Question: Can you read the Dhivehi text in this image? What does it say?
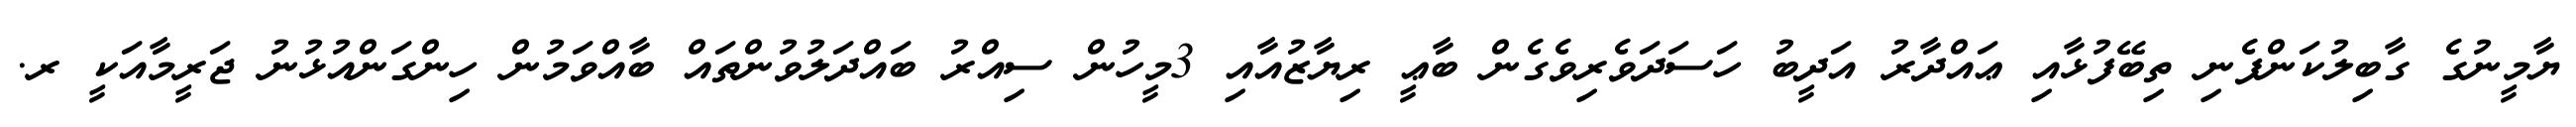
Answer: ޔާމީނުގެ ގާބިލުކަންފެނި ތިބޭފުޅާއި ޢައްދާރު އަދީބު ހަސަދަވެރިވެގެން ބާޢީ ރިޔާޒުއާއި 3މީހުން ސިއްރު ބައްދަލުވުންތައް ބާއްވަމުން ހިންގަންއުޅުނު ޖަރީމާއަކީ ރ.